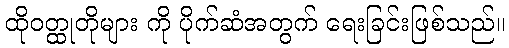
ထိုဝတ္ထုတိုများ ကို ပိုက်ဆံအတွက် ရေးခြင်းဖြစ်သည်။